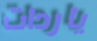
ياردات